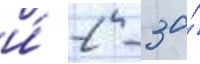
и́ 2 - за́